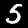
Digit: 5